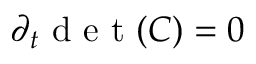
\partial _ { t } \mathrm { ~ d ~ e ~ t ~ } ( \boldsymbol { C } ) = 0